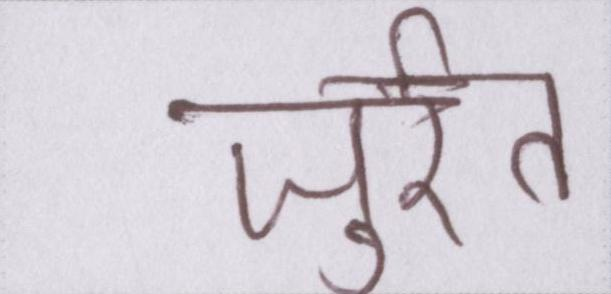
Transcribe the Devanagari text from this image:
जुर्रत